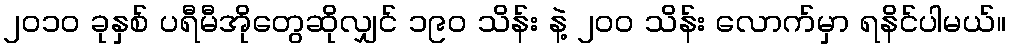
၂၀၁၀ ခုနှစ် ပရီမီအိုတွေဆိုလျှင် ၁၉၀ သိန်း နဲ့ ၂၀၀ သိန်း လောက်မှာ ရနိင်ပါမယ်။